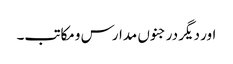
اور دیگر درجنوں مدارس ومکاتب۔